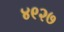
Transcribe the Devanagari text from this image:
४९२७